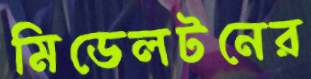
মিডেলটনের